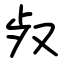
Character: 𣦼